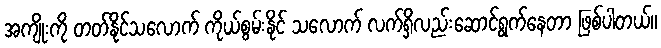
အကျိုးကို တတ်နိုင်သလောက် ကိုယ်စွမ်းနိုင် သလောက် လက်ရှိလည်းဆောင်ရွက်နေတာ ဖြစ်ပါတယ်။